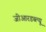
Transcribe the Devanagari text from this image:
जीआरडब्ल्यू